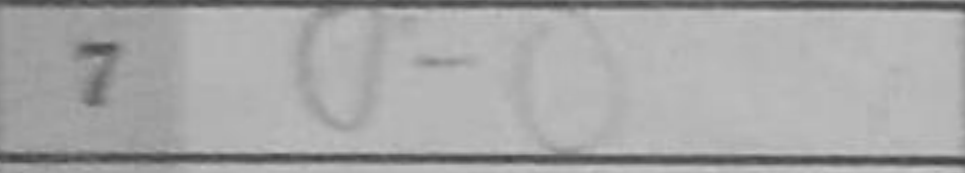
Transcription: O-O